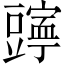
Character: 𫎄